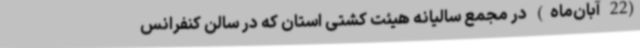
(22 آبان‌ماه) در مجمع سالیانه هیئت کشتی استان که در سالن کنفرانس